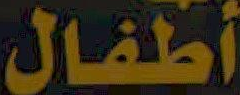
أطفال